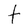
Character: t